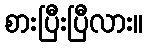
စားပြီးပြီလား။